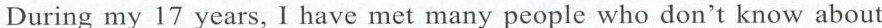
During my 17 years, I have met many people who don't know about